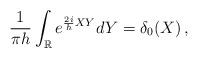
LaTeX: \begin{align*} \frac{1}{\pi h}\int_{\mathbb{R}}e^{\frac{2i}{h}XY} dY = \delta_0(X) \,,\end{align*}